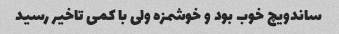
ساندویچ خوب بود و خوشمزه ولی با کمی تاخیر رسید